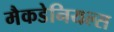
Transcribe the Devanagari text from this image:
मैकडेनियल्स